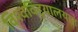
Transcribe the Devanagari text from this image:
विश्वविद्दयालयात